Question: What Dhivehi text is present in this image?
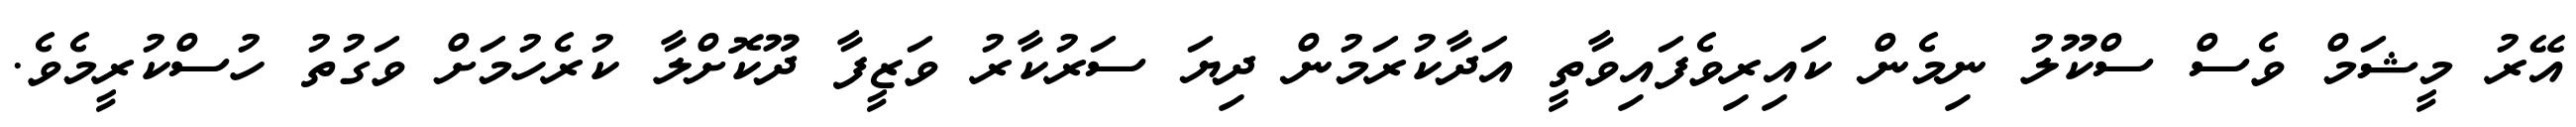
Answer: އޭރު މީޝަމް ވެސް ސްކޫލު ނިމެން ކައިރިވެފައިވާތީ އަދާކުރަމުން ދިޔަ ސަރުކާރު ވަޒީފާ ދޫކޮށްލާ ކުރެހުމަށް ވަގުތު ހުސްކުރީމެވެ.